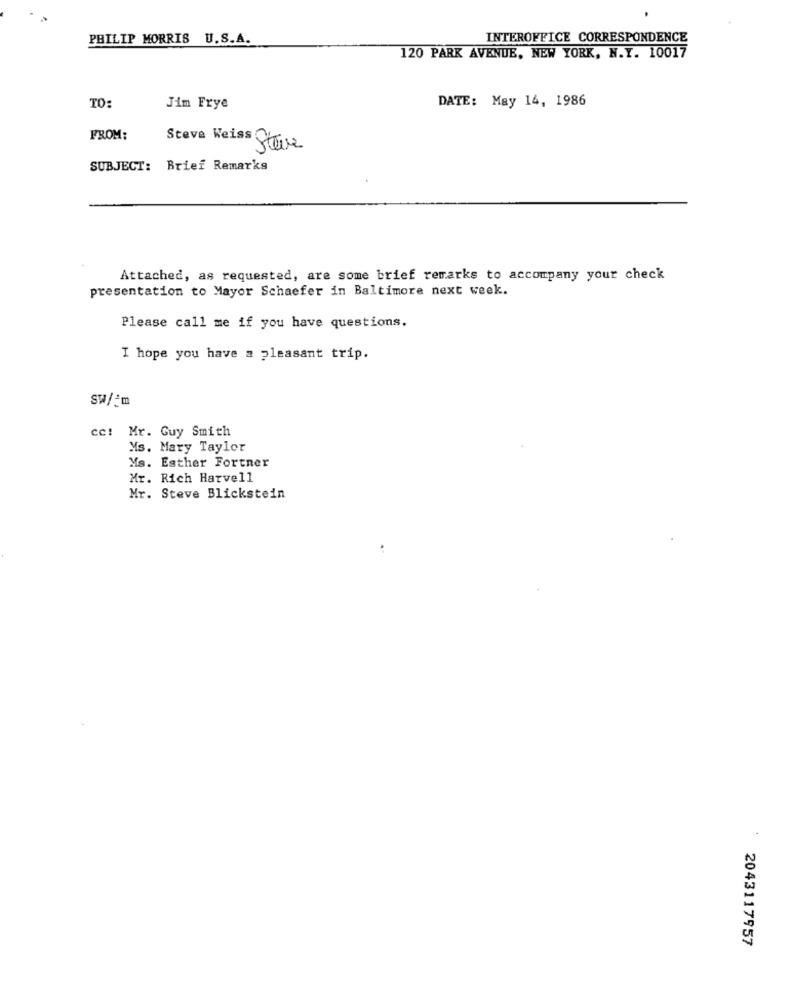
PHILIP MORRIS U.S.A.
INTEROFFICE CORRESPONDENCE
120 PARK AVENUE, NEW YORK, N.Y. 10017
DATE: May 14, 1986
TO:
Jim Frye
FROM:
Steve WeissQ
Steve
SUBJECT: Brief Remarks
Attached, as requested, are some brief remarks to accompany your check
presentation to Mayor Schaefer in Baltimore next week.
Please call me if you have questions.
I hope you have a pleasant trip.
Sw/m
cc: Mr. Guy Smith
Ms. Mary Taylor
Ms. Esther Fortner
Mr. Rich Harvell
Mr. Steve Blickstein
2043117957